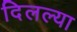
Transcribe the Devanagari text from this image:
दिलल्या